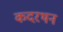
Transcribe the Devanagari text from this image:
कदरथन